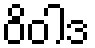
ဝိဝါဒ